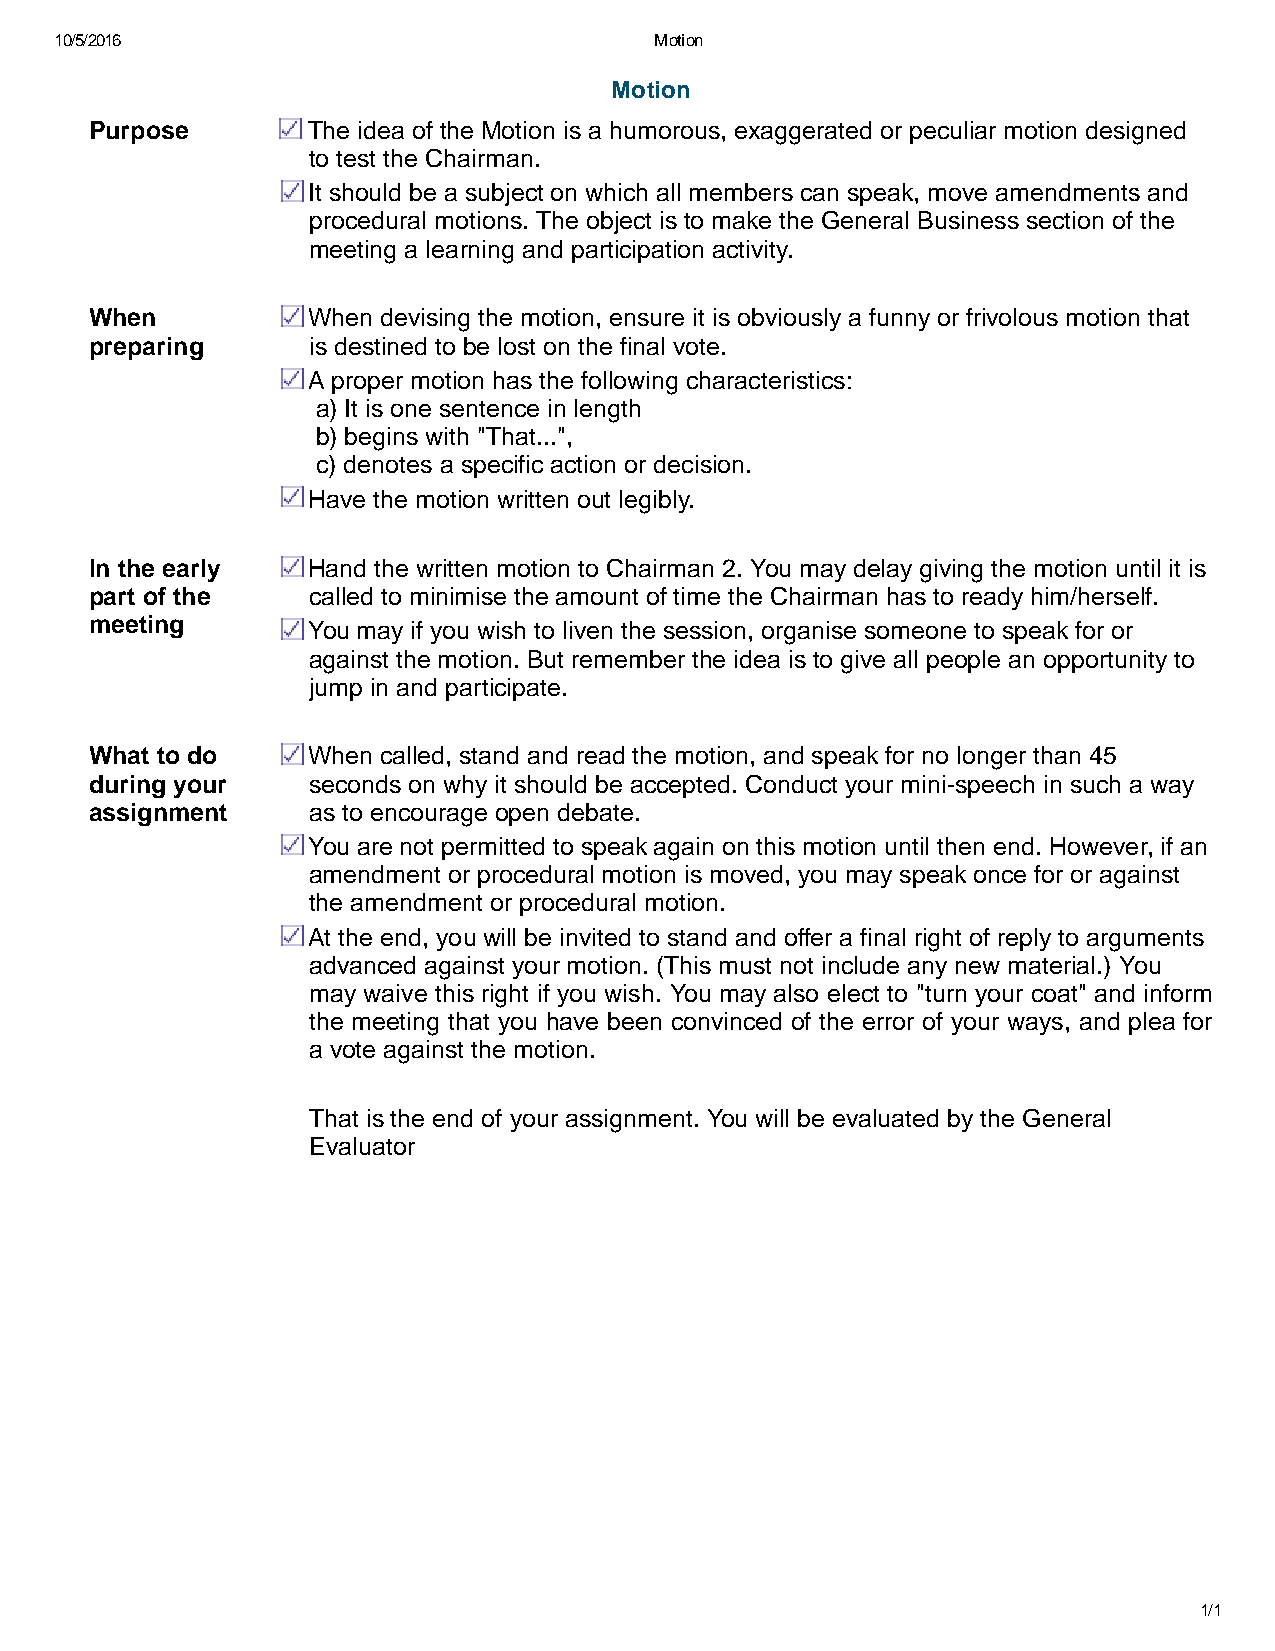
10/5/2016                              Motion
 Motion
 Purpose       The idea of the Motion is a humorous, exaggerated or peculiar motion designed
 to test the Chairman.
 It should be a subject on which all members can speak, move amendments and
 procedural motions. The object is to make the General Business section of the
 meeting a learning and participation activity.
 When          When devising the motion, ensure it is obviously a funny or frivolous motion that
 preparing     is destined to be lost on the final vote.
 A proper motion has the following characteristics:
 a) It is one sentence in length
 b) begins with "That...",
 c) denotes a specific action or decision.
 Have the motion written out legibly.
 In the early  Hand the written motion to Chairman 2. You may delay giving the motion until it is
 part of the   called to minimise the amount of time the Chairman has to ready him/herself.
 meeting       You may if you wish to liven the session, organise someone to speak for or
 against the motion. But remember the idea is to give all people an opportunity to
 jump in and participate.
 What to do    When called, stand and read the motion, and speak for no longer than 45
 during your   seconds on why it should be accepted. Conduct your mini speech in such a way
 assignment    as to encourage open debate.
 You are not permitted to speak again on this motion until then end. However, if an
 amendment or procedural motion is moved, you may speak once for or against
 the amendment or procedural motion.
 At the end, you will be invited to stand and offer a final right of reply to arguments
 advanced against your motion. (This must not include any new material.) You
 may waive this right if you wish. You may also elect to "turn your coat" and inform
 the meeting that you have been convinced of the error of your ways, and plea for
 a vote against the motion.
 That is the end of your assignment. You will be evaluated by the General
 Evaluator
 1/1